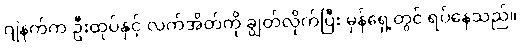
ဂျဲနက်က ဦးထုပ်နှင့် လက်အိတ်ကို ချွတ်လိုက်ပြီး မှန်ရှေ့တွင် ရပ်နေသည်။